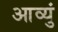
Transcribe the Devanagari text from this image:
आव्युं